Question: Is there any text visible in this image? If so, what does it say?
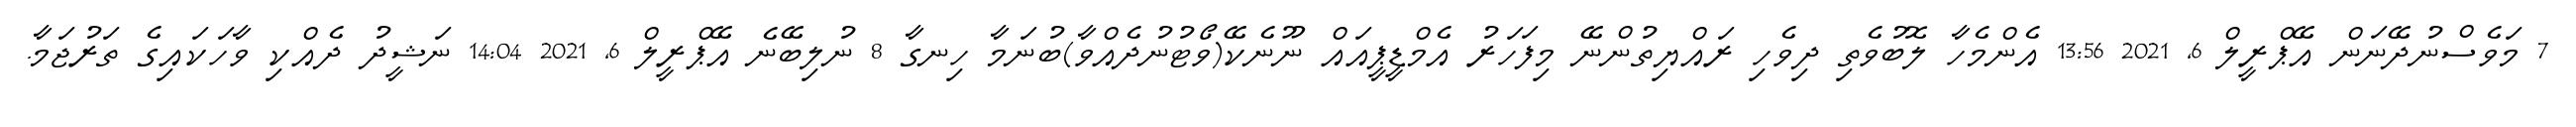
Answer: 7 މަވެސްނުދޭނަން އޭޕްރީލް 6, 2021 13:56 އެންމެހާ ލޮބުވެތި ދިވެހި ރައްޔިތުންނޭ މިފަހަރު އެމްޑީޕީއައް ނޫނެކޭ(ވޯޓުނުދެއްވާ)ބުނަމާ ހިނގާ 8 ނުލިބޭނެ އޭޕްރީލް 6, 2021 14:04 ނަޝީދު ދެއްކި ވާހަކައިގެ ތަރުޖަމާ.